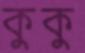
কুকু